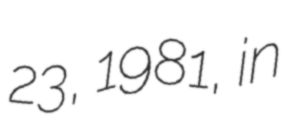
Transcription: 23, 1981, in